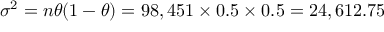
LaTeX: \textstyle \sigma ^ { 2 } = n \theta ( 1 - \theta ) = 9 8 , 4 5 1 \times 0 . 5 \times 0 . 5 = 2 4 , 6 1 2 . 7 5